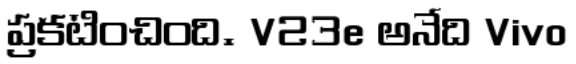
ప్రకటించింది. V23e అనేది Vivo